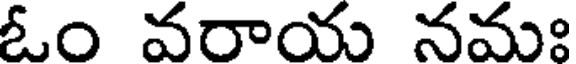
ఓం వరాయ నమః